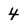
Character: 4